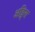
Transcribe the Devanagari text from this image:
अङ्गिरा